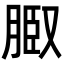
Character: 𦜌